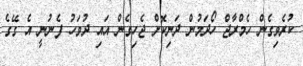
ކުރެވިގެން ހެމްރާޖް ހޯދަމުން ދަނިކޮށް ޖެހިގެން އައި ދުވަހު ފެނުނީ އެ ގޭގެ